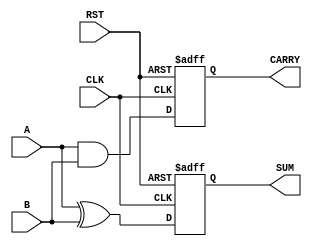
module sequential_half_adder (
    input wire A,        // First input bit
    input wire B,        // Second input bit
    input wire CLK,      // Clock signal
    input wire RST,      // Reset signal
    output reg SUM,      // Sum output
    output reg CARRY     // Carry output
);

    // Internal state registers to hold previous sum and carry
    reg prev_sum;
    reg prev_carry;

    // Always block triggered on the rising edge of the clock or reset
    always @(posedge CLK or posedge RST) begin
        if (RST) begin
            // Reset state registers to zero
            prev_sum <= 1'b0;
            prev_carry <= 1'b0;
            SUM <= 1'b0;
            CARRY <= 1'b0;
        end else begin
            // Compute current sum and carry
            SUM <= A ^ B;           // SUM = A XOR B
            CARRY <= A & B;         // CARRY = A AND B
            
            // Store current outputs in state registers
            prev_sum <= SUM;
            prev_carry <= CARRY;
        end
    end

endmodule